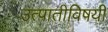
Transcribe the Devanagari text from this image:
उत्पातीविषयी